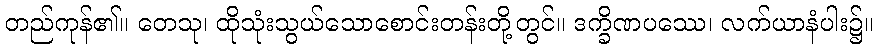
တည်ကုန်၏။ တေသု၊ ထိုသုံးသွယ်သောစောင်းတန်းတို့တွင်။ ဒက္ခိဏပဿေ၊ လက်ယာနံပါး၌။